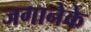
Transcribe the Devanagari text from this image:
जगानेके